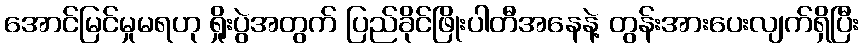
အောင်မြင်မှုမရဟု ရှိုးပွဲအတွက် ပြည်ခိုင်ဖြိုးပါတီအနေနဲ့ တွန်းအားပေးလျက်ရှိပြီး